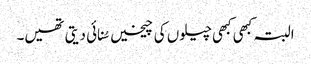
البتہ کبھی کبھی چیلوں کی چیخیں سُنائی دیتی تھیں۔